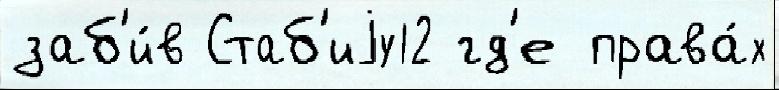
заб'и́в Стаб'иjу12 гд'е права́х